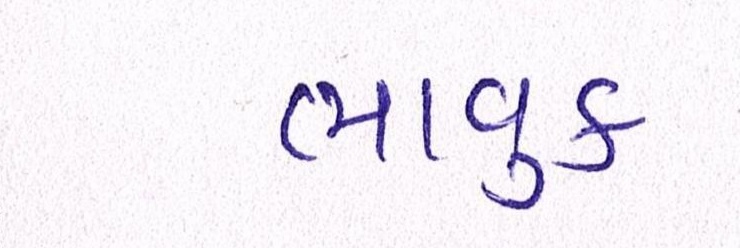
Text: ભાવુક